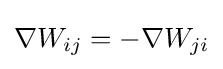
\nabla W_{ij}=-\nabla W_{ji}